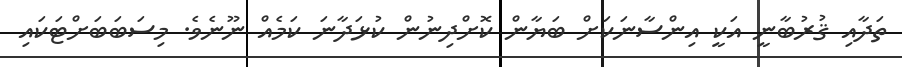
ތަދާއި ޤުރުބާނީ އަކީ އިންސާނަކަށް ބަޔާން ކޮށްދިނުން ކުޅަދާނަ ކަމެއް ނޫނެވެ. މިސަބަބަށްޓަކައި